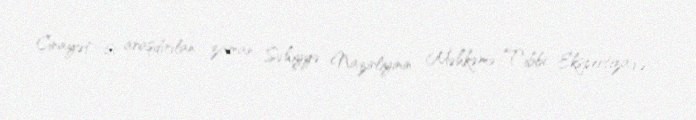
Cinayət işi araşdırılan zaman Səhiyyə Nazirliyinin Məhkəmə-Tibbi Ekspertiza və